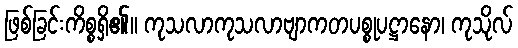
ဖြစ်ခြင်းကိစ္စရှိ၏။ ကုသလာကုသလာဗျာကတပစ္စုပဋ္ဌာနော၊ ကုသိုလ်